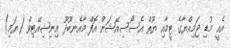
އެއީ މުޑި ޖަމިއްޔާގެ ޓީމާއި ޔޫތް އެސޯސިއޭޝަން އޮފް މާއެނބޫދޫ އިނިޝިއޭޓިވް (ޔަމި)